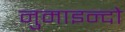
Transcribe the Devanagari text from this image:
नुमाइन्दो